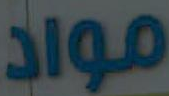
مواد